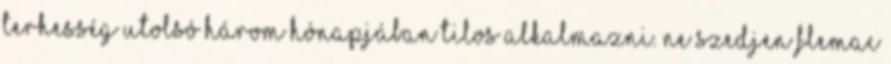
terhesség utolsó három hónapjában tilos alkalmazni. Ne szedjen Flemac